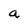
Character: a